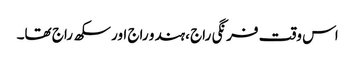
اس وقت فرنگی راج ،ہندو راج اور سکھ راج تھا۔